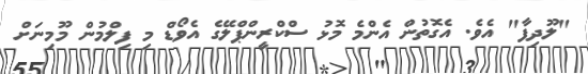
"ލޫދިފާ" އެވެ. އެގޮތުން އެންމެ މޮޅު ސްކްރީންޕްލޭގެ އެވޯޑް މި ފިލްމުން މޫމިނަށް